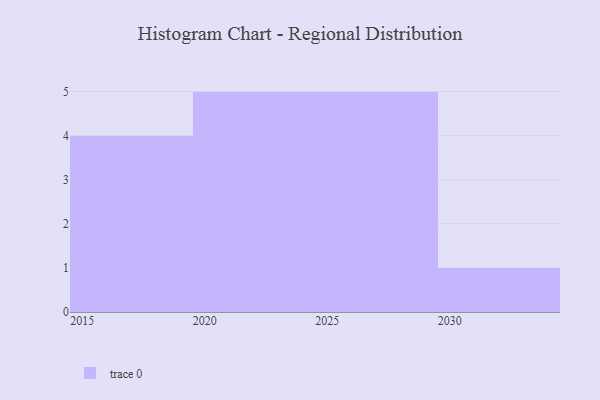
{"axis": {"x": "Year", "y": "Bounce Rate (%)"}, "legend": [""], "data": [{"x": "2019", "y": 71, "type": ""}, {"x": "2029", "y": 6, "type": ""}, {"x": "2027", "y": 31, "type": ""}, {"x": "2020", "y": 13, "type": ""}, {"x": "2021", "y": 69, "type": ""}, {"x": "2025", "y": 64, "type": ""}, {"x": "2016", "y": 45, "type": ""}, {"x": "2018", "y": 9, "type": ""}, {"x": "2026", "y": 49, "type": ""}, {"x": "2024", "y": 85, "type": ""}, {"x": "2017", "y": 14, "type": ""}, {"x": "2022", "y": 48, "type": ""}, {"x": "2028", "y": 30, "type": ""}, {"x": "2023", "y": 10, "type": ""}, {"x": "2030", "y": 13, "type": ""}]}